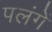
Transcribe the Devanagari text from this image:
पलंगें